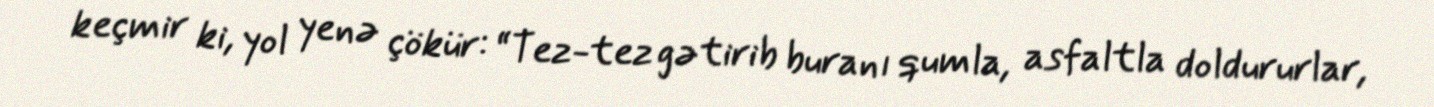
keçmir ki, yol yenə çökür: “Tez-tez gətirib buranı qumla, asfaltla doldururlar,